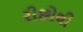
રીછોથી